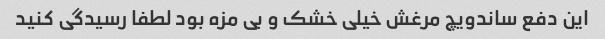
این دفع ساندویچ مرغش خیلی خشک و بی مزه بود لطفا رسیدگی کنید